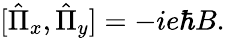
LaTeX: \begin{array}{r}{[\hat{\Pi}_{x},\hat{\Pi}_{y}]=-ie\hbar B.}\end{array}